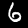
Digit: 6